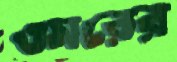
ওমরের